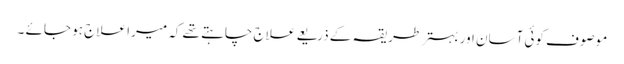
موصوف کوئی آسان اور بہتر طریقہ کے ذریعے علاج چاہتے تھے کہ میرا علاج ہو جائے ۔